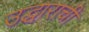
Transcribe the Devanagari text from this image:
उद्धाराची